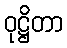
ဝုဋ္ဌိတာ